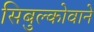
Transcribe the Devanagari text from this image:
सिबुल्कोवाने